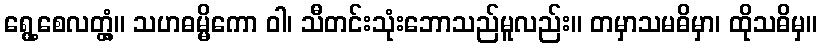
ရွေ့စေလတ္တံ့။ သဟဓမ္မိကော ဝါ၊ သီတင်းသုံးဘောသည်မူလည်း။ တမှာသမဓိမှာ၊ ထိုသဓိမှ။